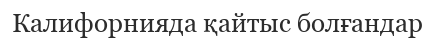
Калифорнияда қайтыс болғандар